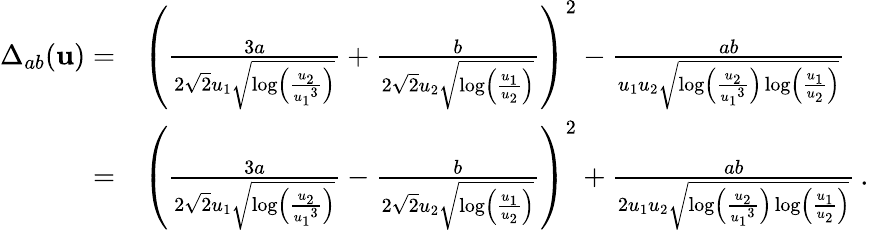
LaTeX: \begin{array}{rl}{\Delta_{ab}({\mathbf{u}})=}&{\left(\frac{3a}{2\sqrt{2}{u_{1}}\sqrt{\log\left(\frac{{u_{2}}}{{u_{1}}^{3}}\right)}}+\frac{b}{2\sqrt{2}{u_{2}}\sqrt{\log\left(\frac{{u_{1}}}{{u_{2}}}\right)}}\right)^{2}-\frac{ab}{{u_{1}u_{2}}\sqrt{\log\left(\frac{{u_{2}}}{{u_{1}}^{3}}\right)\log\left(\frac{{u_{1}}}{{u_{2}}}\right)}}}\\ {=}&{\left(\frac{3a}{2\sqrt{2}{u_{1}}\sqrt{\log\left(\frac{{u_{2}}}{{u_{1}}^{3}}\right)}}-\frac{b}{2\sqrt{2}{u_{2}}\sqrt{\log\left(\frac{{u_{1}}}{{u_{2}}}\right)}}\right)^{2}+\frac{ab}{{2u_{1}u_{2}}\sqrt{\log\left(\frac{{u_{2}}}{{u_{1}}^{3}}\right)\log\left(\frac{{u_{1}}}{{u_{2}}}\right)}}\, .}\end{array}